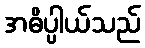
အဓိပ္ပါယ်သည်